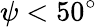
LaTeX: \psi<50^{\circ}